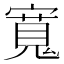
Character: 𡪨